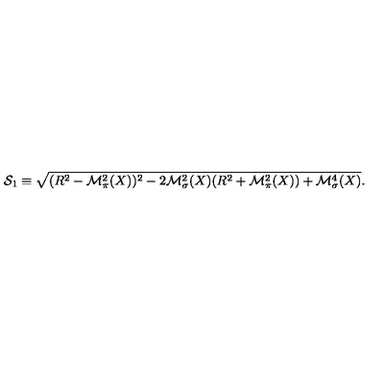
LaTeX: { \cal S } _ { 1 } \equiv \sqrt { ( R ^ { 2 } - { \cal M } _ { \pi } ^ { 2 } ( X ) ) ^ { 2 } - 2 { \cal M } _ { \sigma } ^ { 2 } ( X ) ( R ^ { 2 } + { \cal M } _ { \pi } ^ { 2 } ( X ) ) + { \cal M } _ { \sigma } ^ { 4 } ( X ) } .